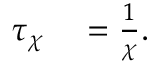
\begin{array} { r l } { \tau _ { \chi } } & { { } = \frac { 1 } { \chi } . } \end{array}